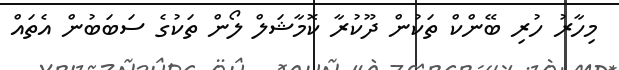
މިހާރު ހުރި ބޭންކް ތަކުން ދޫކުރާ ކޮމާޝަލް ލޯން ތަކުގެ ސަބަބުން އެތައް